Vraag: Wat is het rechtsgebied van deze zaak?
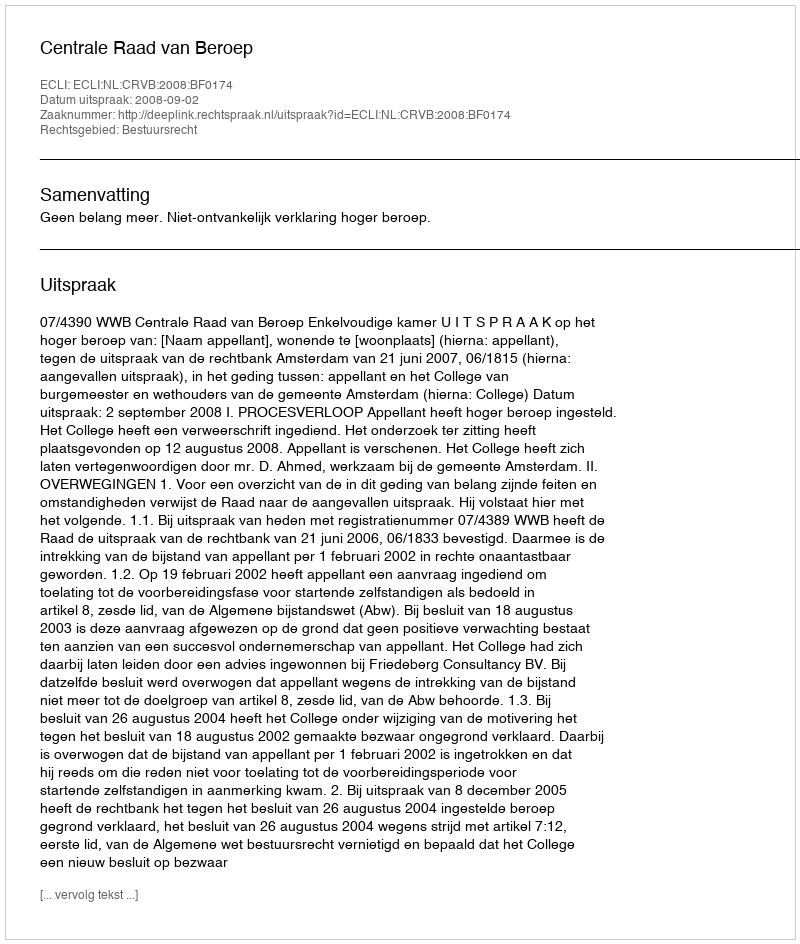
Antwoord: Bestuursrecht